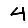
Digit: 4